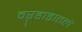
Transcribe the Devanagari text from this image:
वऱ्हाडातले